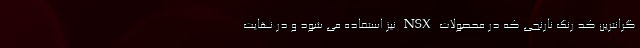
گرانترین کد رنگ نارنجی که در محصولات NSX نیز استفاده می شود و در نهایت